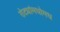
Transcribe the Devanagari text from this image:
रोट्यांमधोमध